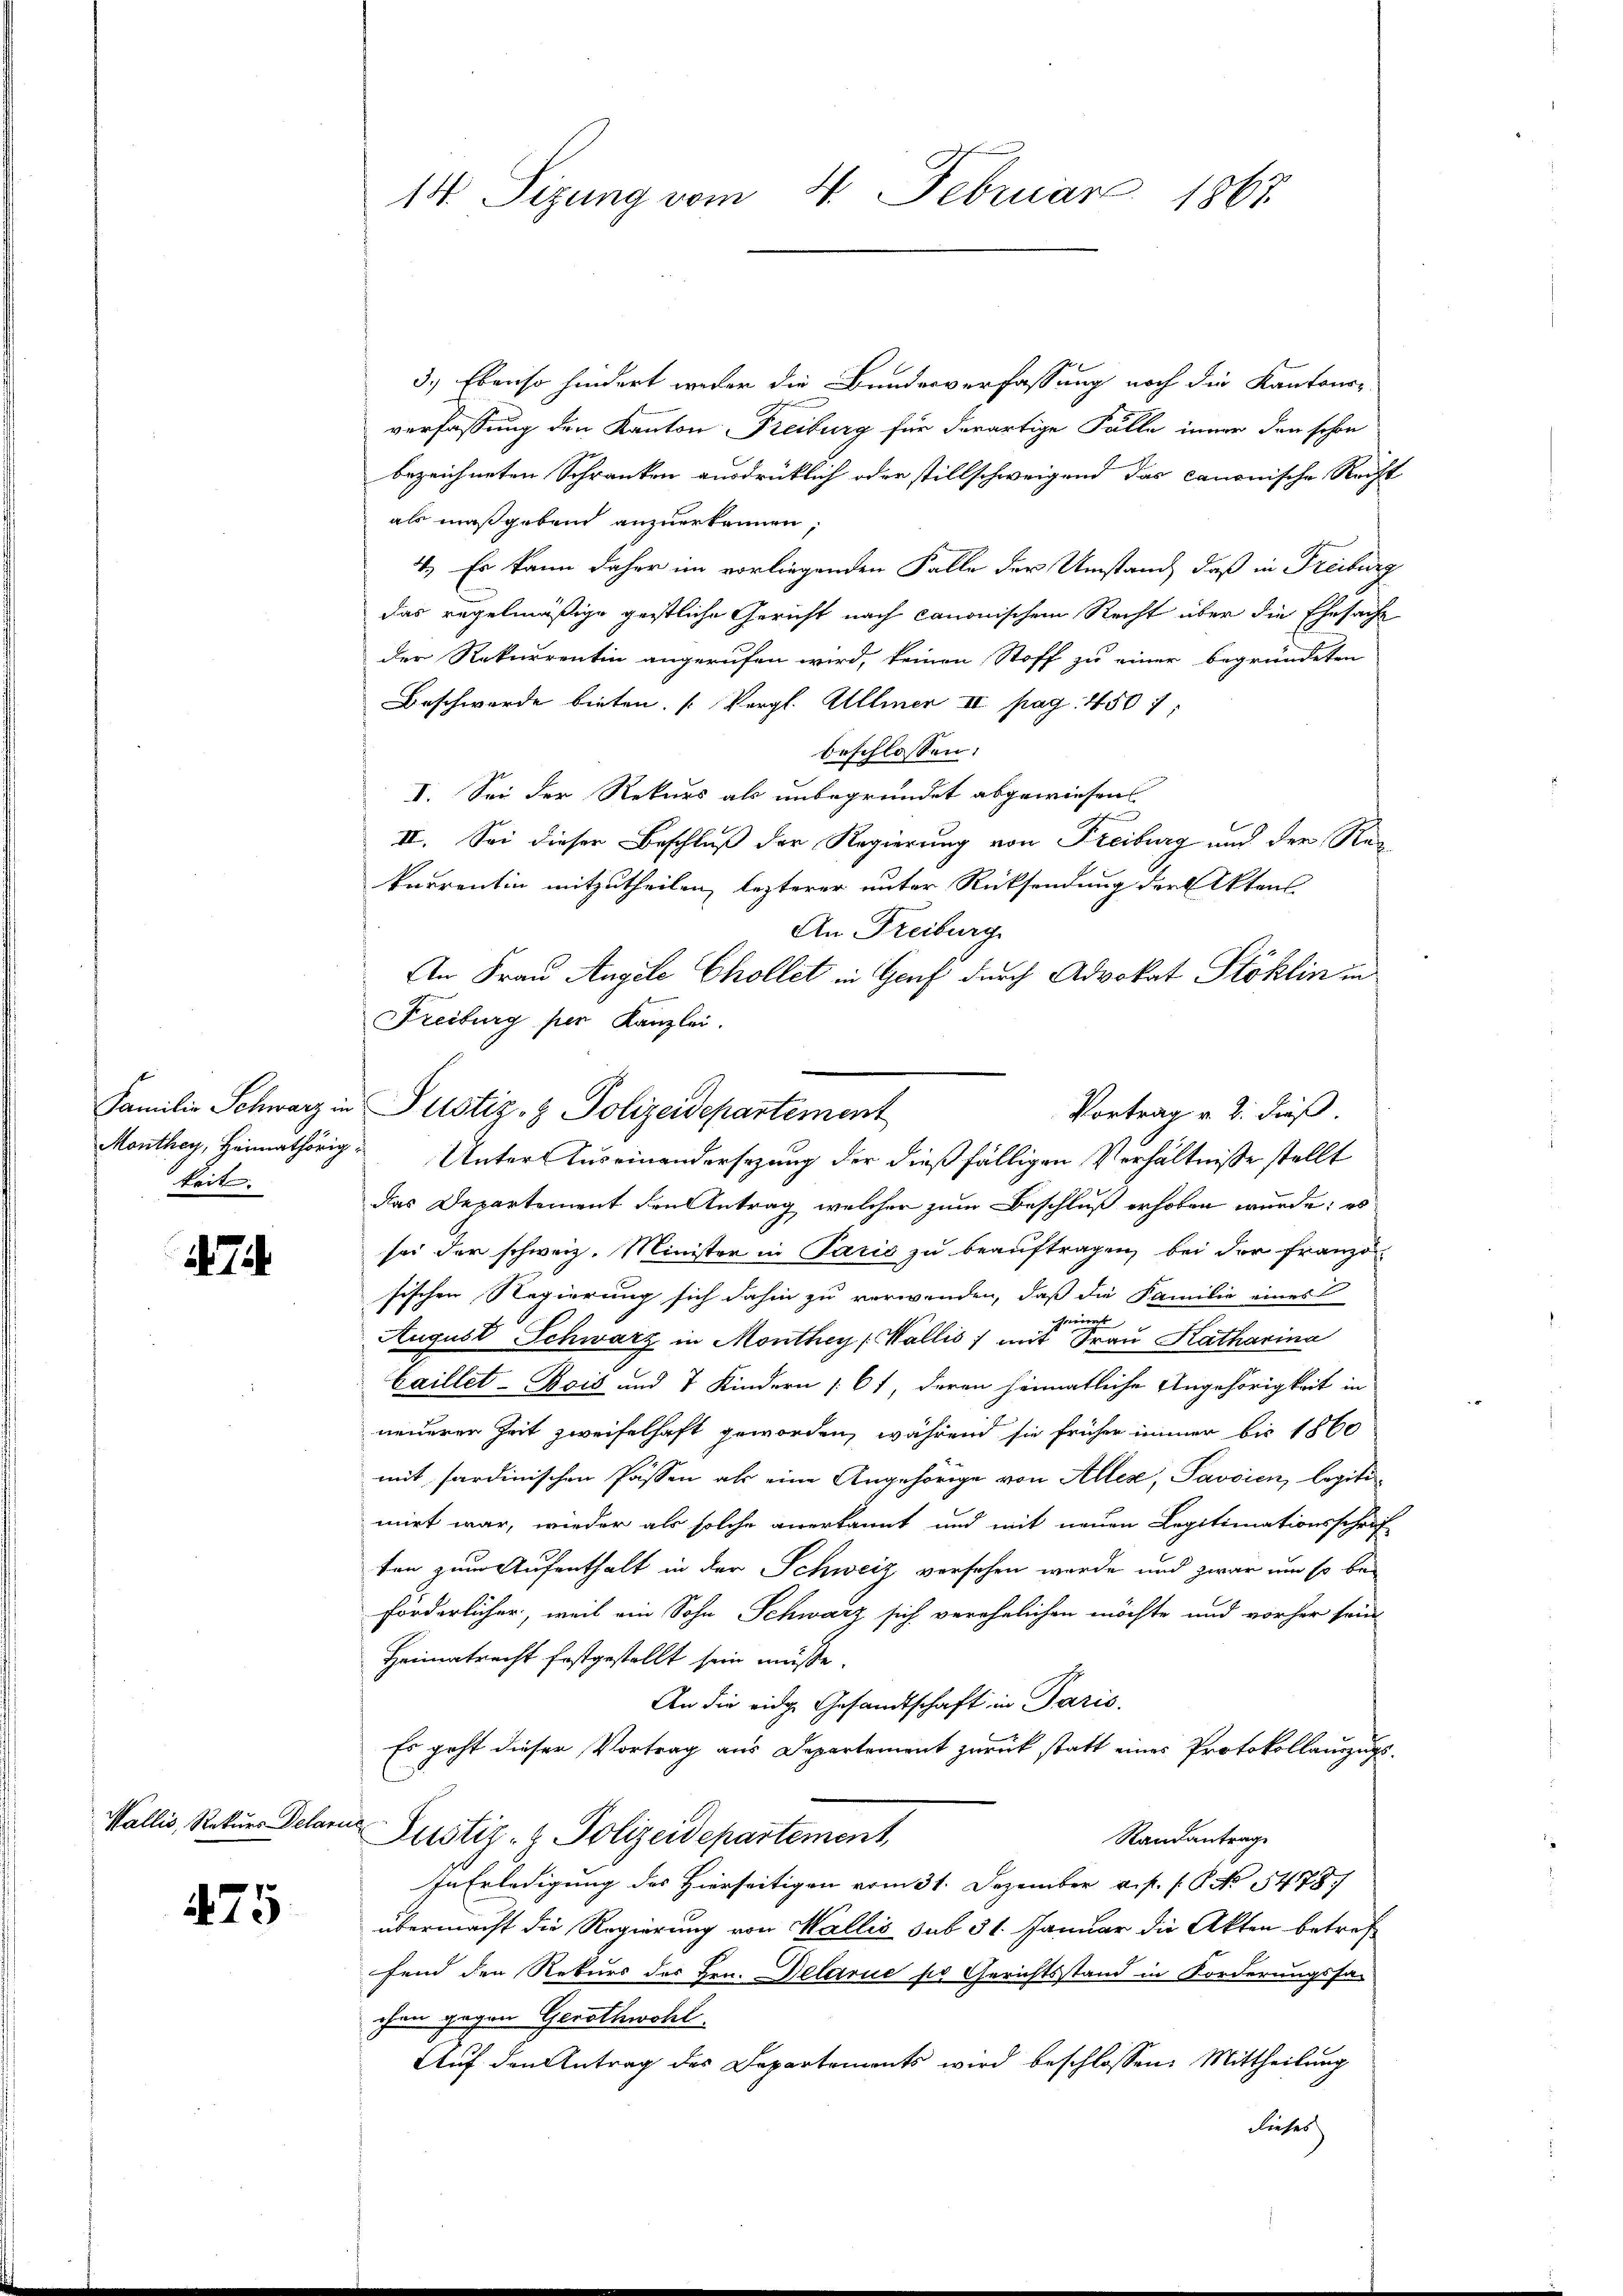
keit.

7

Wallis, Rekurs Delarne

475

14. Sizung vom 4. Februar 1865.

3.) Ebenso hindert weder die Bundesverfassung noch die Kantons-
verfassung den Kanton Freiburg für derartige Fälle inner den schon
bezeichneten Schranken ausdrücklich oder stillschweigend das canonische Recht
als maßgeben anzuerkennen,
4.) Es kann daher im vorliegenden Falle der Umstand, daß in Freiburg
das regelmäßige geistliche Gericht nach canonischem Recht über die Ehesache
der Rekurrentin angerufen wird, keinen Stoff zu einer begründeten
Beschwerde bieten. (Vergl. Allmer II pag. 450 1
beschlossen:
I. Sei der Rekurs als unbegründet abgewiesen
II. Sei dieser Beschluß der Regierung von Freiburg und der Rekurrentin mitzutheilen, lezterer unter Rücksendung der Aktens
An Freiburg.
An Frau Angele Chollet in Genf durch Advokat Stoklin in
Freiburg per Kanzlei.
das Departement den Antrag, welcher zum Beschluß erhoben wurde; es
sei der schweiz. Minister in Paris zu beauftragen, bei der Franzö
tischen Regierung sich dahin zu verwenden, daß die Familie eines
11
cheinge
August Schwarz in Monthey (Wallis) mit Frau Katharina
Caillet-Bois und 7 Kindern 161, deren heimatliche Angehörigkeit in
neueren Zeit zweifelhaft geworden, während sie früher immer bis 1860
mit sardinischen Passen als eine Angehörige von Alles, Savsien, legitimirt war, wieder als solche anerkannt und mit neuen Legitimationsschrif
ten zum Aufenthalt in der Schweiz versehen wurde und zwar um so be-
förderlicher, weil ein Sohn Schwarz sich verehelichen möchte und vorher sein
Heimatrecht festgestellt sein müsse.
An die eidge Gesandtschaft in Paris.
Es geht dieser Vortrag aus Departement zurück statt eines Protokollauszugs¬
Justiz- & Polizeidepartement,
Randantrage
In Erledigung des Hierseitigen vom 31. Dezember a. p. 1. No 1478.
übermacht die Regierung von Wallis sub 31. Januar die Akten betreffend den Rekurs des Hrn. Delarie so Gerichtsstand in Forderungssachen gegen Gerichwohl
Auf den Antrag des Departements wird beschlossen: Mittheilung
liefer

Familie Schwarz in Pustiz- & Polizeidepartement

Vortrag v. 2. dieß.
Monthey, Heimathörig Unter Auseinandersezung der dießfälligen Verhältnisse stellt